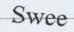
Swee